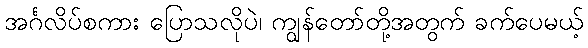
အင်္ဂလိပ်စကား ပြောသလိုပဲ၊ ကျွန်တော်တို့အတွက် ခက်ပေမယ့်